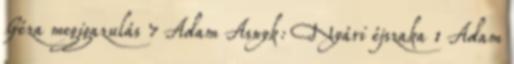
Géza megigazulás 7 Adam Asnyk: Nyári éjszaka 1 Adam